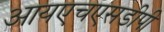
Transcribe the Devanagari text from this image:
आयएचएसडीपी